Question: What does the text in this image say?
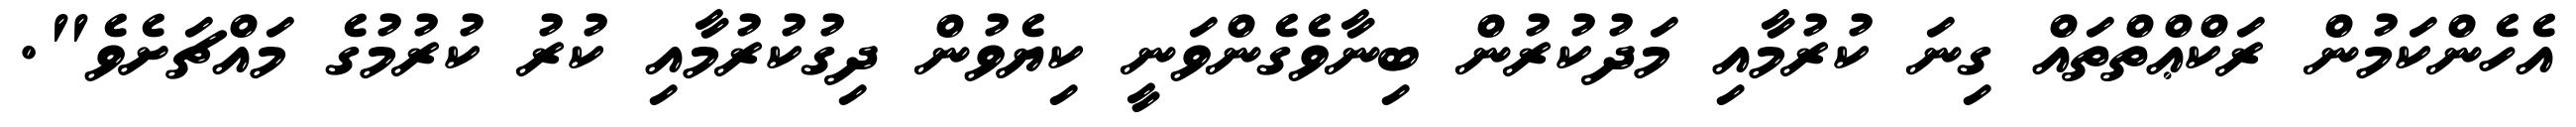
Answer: އެހެންކަމުން ރަކްޢްތްތައް ގިނަ ކުރުމާއި މަދުކުރުން ބިނާވެގެންވަނީ ކިޔެވުން ދިގުކުރުމާއި ކުރު ކުރުމުގެ މައްޗަށެވެ".